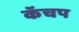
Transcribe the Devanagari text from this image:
कॅचप